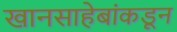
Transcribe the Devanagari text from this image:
खानसाहेबांकडून